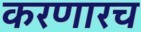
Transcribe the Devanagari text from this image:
करणारच